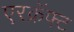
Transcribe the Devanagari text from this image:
एरक्रॅफ्ट